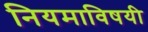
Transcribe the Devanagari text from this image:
नियमाविषयी